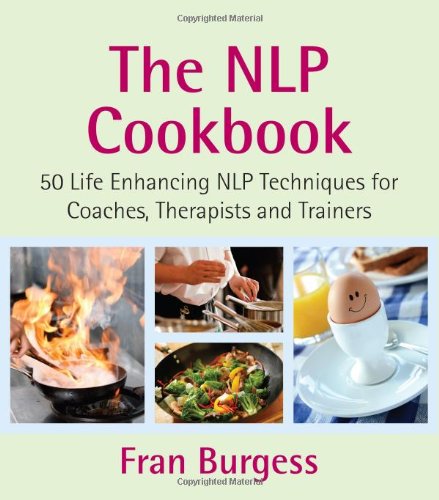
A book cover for The NLP Cookbook: 50 Life Enhancing Recipes; Fran Burgess; Self-Help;